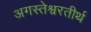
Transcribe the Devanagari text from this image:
अगस्तेश्वरतीर्थ